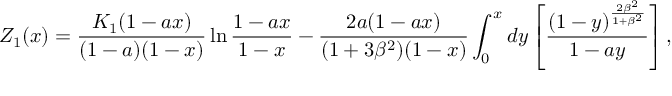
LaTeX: { Z } _ { 1 } ( x ) = { \frac { K _ { 1 } ( 1 - a x ) } { ( 1 - a ) ( 1 - x ) } } \ln { \frac { 1 - a x } { 1 - x } } - { \frac { 2 a ( 1 - a x ) } { ( 1 + 3 \beta ^ { 2 } ) ( 1 - x ) } } \int _ { 0 } ^ { x } d y \left[ { \frac { ( 1 - y ) ^ { \frac { 2 \beta ^ { 2 } } { 1 + \beta ^ { 2 } } } } { 1 - a y } } \right] ,